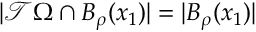
| \mathcal T \Omega \cap B _ { \rho } ( x _ { 1 } ) | = | B _ { \rho } ( x _ { 1 } ) |